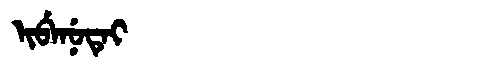
Manchu: ᡳᠪᡝᠨᡠᡨᡝᡳ
Romanization: IBENUTEI